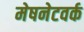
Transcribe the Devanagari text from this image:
मेषनेटवर्क